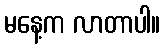
မနေ့က လာတာပါ။